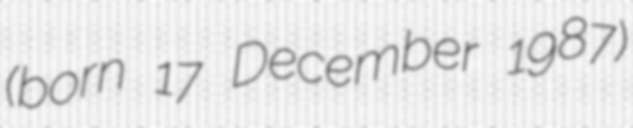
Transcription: (born 17 December 1987)